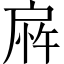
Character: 𫼎